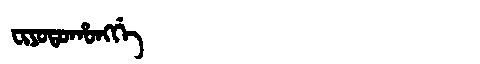
Manchu: ᠸᡳᠶᠣᡨᠣᡥᠣᠩᡤᡝ
Romanization: FIYOTOHONGGE